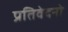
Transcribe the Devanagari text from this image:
प्रतिवेदनो